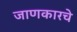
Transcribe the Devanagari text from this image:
जाणकारचे